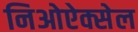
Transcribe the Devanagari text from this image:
निओऐक्सेल